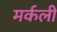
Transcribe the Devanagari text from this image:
मर्कली